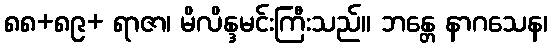
၈၈+၈၉+ ရာဇာ၊ မိလိန္ဒမင်းကြီးသည်။ ဘန္တေ နာဂသေန၊